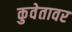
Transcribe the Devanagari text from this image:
कुवेतावर